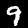
Label: 9